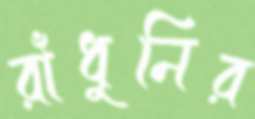
রাঁধুনির